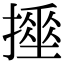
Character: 𢴹